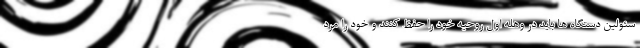
سئولین دستگاه ها باید در وهله اول روحیه خود را حفظ کنند و خود را مرد